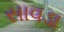
સાવડા